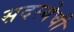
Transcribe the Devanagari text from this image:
सदस्येची